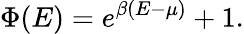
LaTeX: \Phi(E)=e^{\beta(E-\mu)}+1.